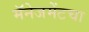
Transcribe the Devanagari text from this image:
मॅनेजमेंटचा